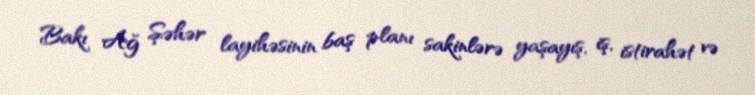
Bakı Ağ Şəhər layihəsinin baş planı sakinlərə yaşayış, iş, istirahət və